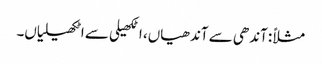
مثلاً :آندھی سے آندھیاں، اٹکھیلی سے اٹکھیلیاں۔